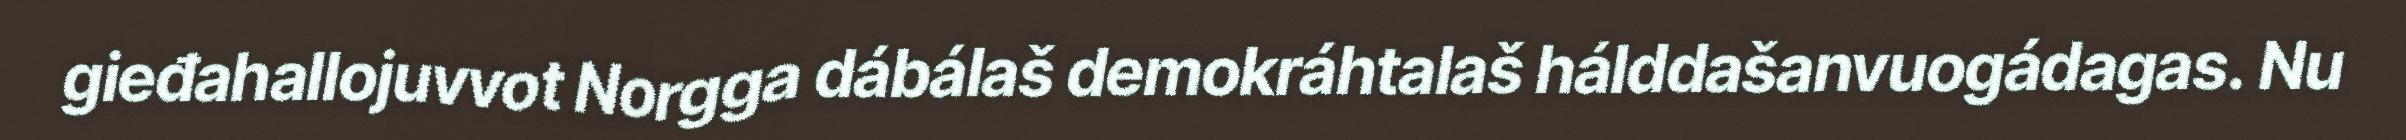
gieđahallojuvvot Norgga dábálaš demokráhtalaš hálddašanvuogádagas. Nu